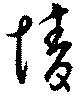
情